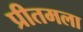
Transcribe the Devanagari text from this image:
प्रीतमला